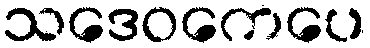
သဒေဝကေပေ